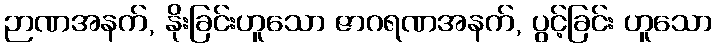
ဉာဏအနက်, နိုးခြင်းဟူသော ဇာဂရဏအနက်, ပွင့်ခြင်း ဟူသော